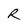
Character: R